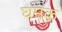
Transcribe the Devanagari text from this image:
घमक